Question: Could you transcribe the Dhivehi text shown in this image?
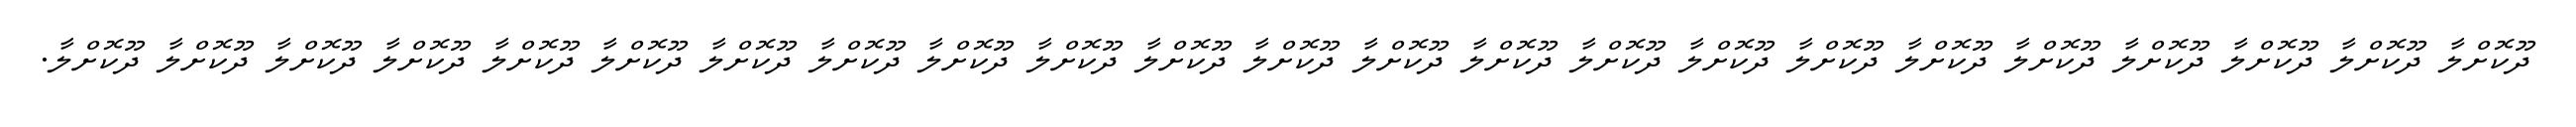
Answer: ދޫކޮށްލާ ދޫކޮށްލާ ދޫކޮށްލާ ދޫކޮށްލާ ދޫކޮށްލާ ދޫކޮށްލާ ދޫކޮށްލާ ދޫކޮށްލާ ދޫކޮށްލާ ދޫކޮށްލާ ދޫކޮށްލާ ދޫކޮށްލާ ދޫކޮށްލާ ދޫކޮށްލާ ދޫކޮށްލާ ދޫކޮށްލާ ދޫކޮށްލާ ދޫކޮށްލާ ދޫކޮށްލާ ދޫކޮށްލާ ދޫކޮށްލާ ދޫކޮށްލާ ދޫކޮށްލާ.